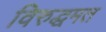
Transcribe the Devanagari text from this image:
विरुद्धमत